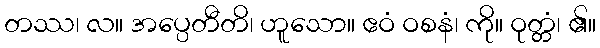
တဿ၊ လ။ အပ္ပေတီတိ၊ ဟူသော။ ဧဝံ ဝစနံ၊ ကို။ ဝုတ္တံ၊ ၏။